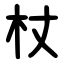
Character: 杖